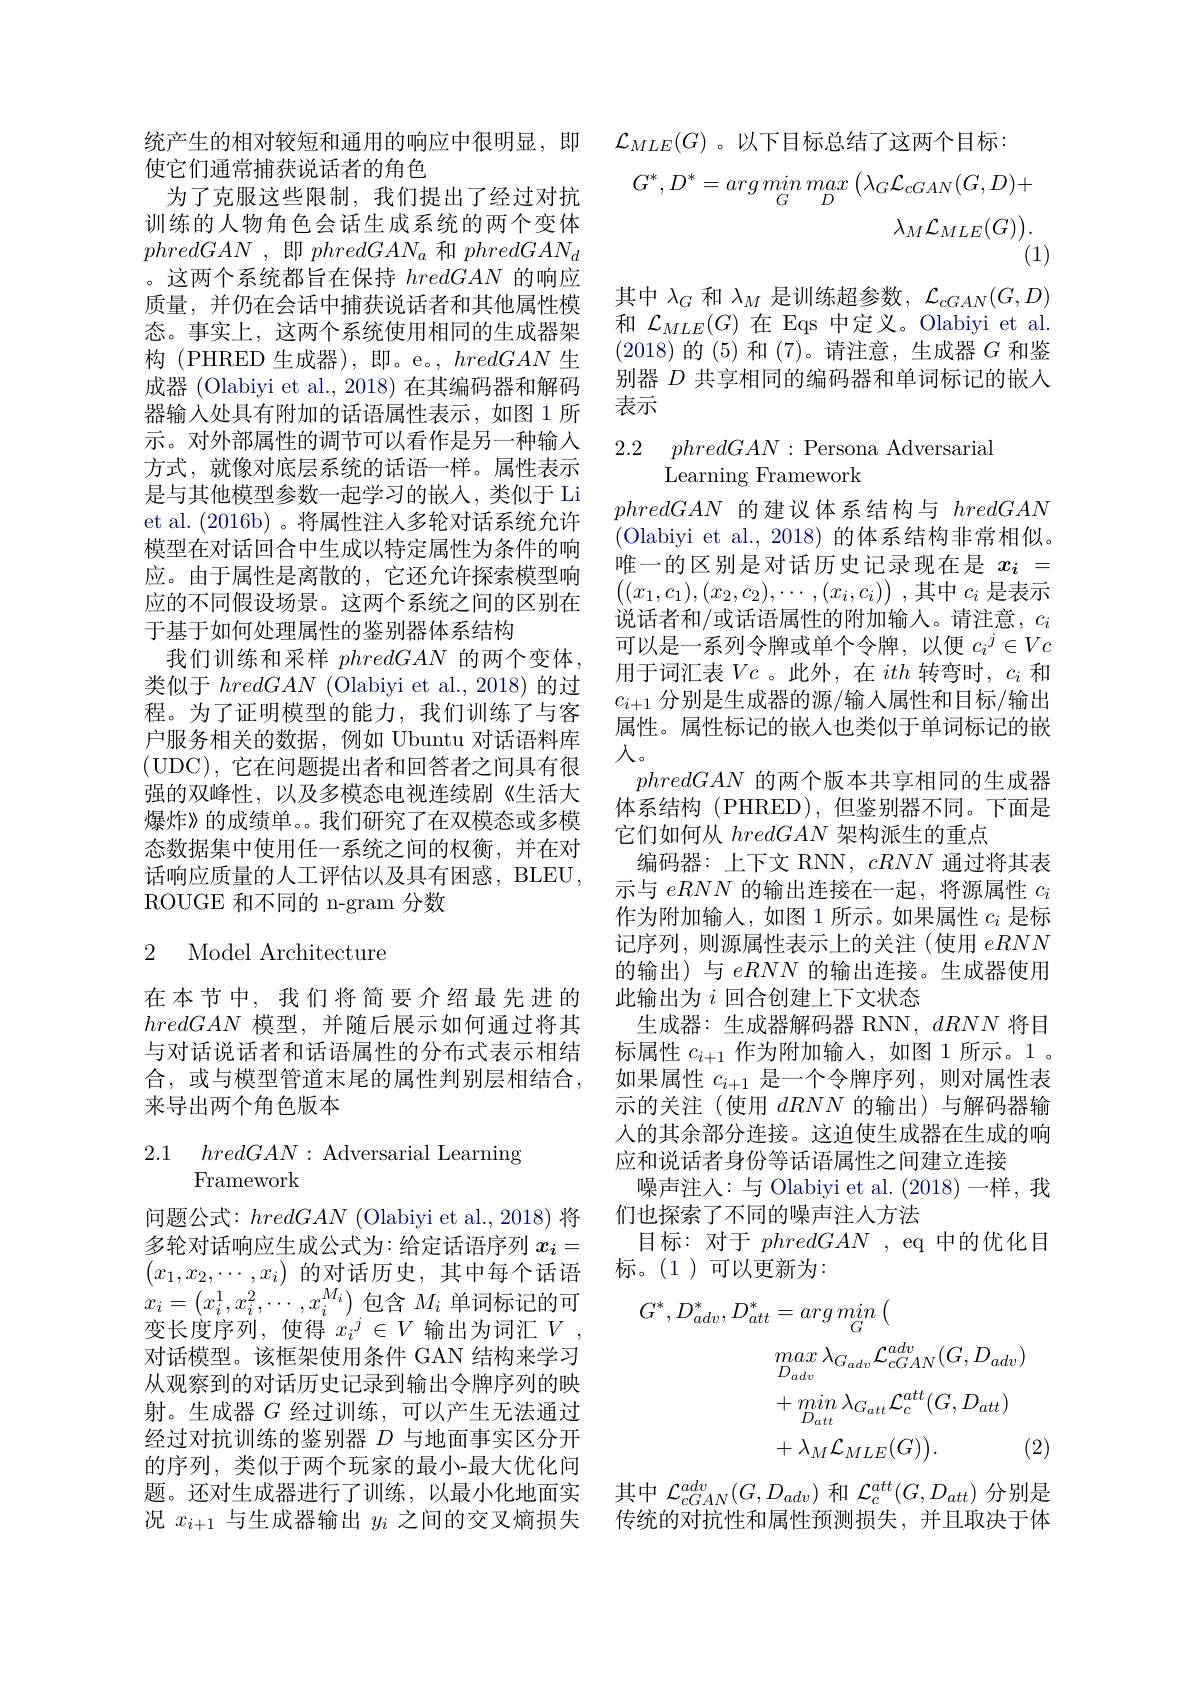
使它们通常捕获说话者的角色
为了克服这些限制，我们提出了经过对抗训练的人物角色会话生成系统的两个变体phredGAN , 即$phredGAN_a$和$phredGAN_d$ 。这两个系统都旨在保持hredGAN的响应质量，并仍在会话中捕获说话者和其他属性模态。事实上，这两个系统使用相同的生成器架构 (PHRED 生成器),即。e。, hredGAN生成器 (Olabiyi et al., 2018) 在其编码器和解码器输入处具有附加的话语属性表示，如图 1 所示。对外部属性的调节可以看作是另一种输入方式，就像对底层系统的话语一样。属性表示是与其他模型参数一起学习的嵌人，类似于 Li et al. (2016b) 。将属性注人多轮对话系统允许模型在对话回合中生成以特定属性为条件的响应。由于属性是离散的，它还允许探索模型响应的不同假设场景。这两个系统之间的区别在于基于如何处理属性的鉴别器体系结构
我们训练和采样phredGAN的两个变体， 类似于hredGAN (Olabiyi et al., 2018)的过程。为了证明模型的能力，我们训练了与客户服务相关的数据，例如 Ubuntu 对话语料库(UDC),它在问题提出者和回答者之间具有很强的双峰性，以及多模态电视连续剧《生活大爆炸》的成绩单。。我们研究了在双模态或多模态数据集中使用任一系统之间的权衡，并在对话响应质量的人工评估以及具有困惑，BLEU , ROUGE 和不同的 n-gram 分数

## 2 Model Architecture

合，或与模型管道末尾的属性判别层相结合，
来导出两个角色版本

2.1 $hredGAN:$Adversarial Learning
# Framework

问题公式：hredGAN (Olabiyi et al., 2018) 将多轮对话响应生成公式为：给定话语序列$x_i=$ $\begin{pmatrix}x_1,x_2,\cdots,x_i\end{pmatrix}$的对话历史，其中每个话语$x_i=\left(x_i^1,x_i^2,\cdots,x_i^{M_i}\right)$包含 $M_i$ 单词标记的可变长度序列，使得$x_i^j\in V$输出为词汇$V$ 对话模型。该框架使用条件 GAN 结构来学习从观察到的对话历史记录到输出令牌序列的映射。生成器$G$经过训练，可以产生无法通过经过对抗训练的鉴别器$D$与地面事实区分开的序列，类似于两个玩家的最小-最大优化问题。还对生成器进行了训练，以最小化地面实况$x_{i+1}$与生成器输出$y_i$之间的交叉熵损失

统产生的相对较短和通用的响应中很明显，即$\mathcal{L}_{MLE}(G)$ 。以下目标总结了这两个目标
$$G^{*},D^{*}=arg\:min\:max\left(\lambda_{G}\mathcal{L}_{cGAN}(G,D)+\right)\\\lambda_{M}\mathcal{L}_{MLE}(G)\big).\\(1)$$
其中$\lambda_G$和$\lambda_M$是训练超参数，$\mathcal{L}_cGAN(G,D)$ 和$\mathcal{L}_{MLE}(G)$在 Eqs 中定义。Olabiyi et al. (2018)的(5)和(7)。请注意，生成器$G$和鉴别器$D$共享相同的编码器和单词标记的嵌入表示

2.2 $phredGAN:$Persona Adversarial
Learning Framework

phredGAN的建议体系结构与hredGAN (Olabiyi et al., 2018) 的体系结构非常相似。唯一的区别是对话历史记录现在是$x_i=$ $\left((x_1,c_1),(x_2,c_2),\cdots,(x_i,c_i)\right)$,其中 $c_i$ 是表示说话者和/或话语属性的附加输入。请注意，$c_i$ 可以是一系列令牌或单个令牌，以便$c_i^j\in Vc$ 用于词汇表$Vc$ 。此外，在ith转弯时，$c_i$和$c_{i+1}$分别是生成器的源/输入属性和目标/输出属性。属性标记的嵌入也类似于单词标记的嵌入。
phredGAN的两个版本共享相同的生成器体系结构 (PHRED),但鉴别器不同。下面是它们如何从hredGAN架构派生的重点
编码器：上下文 RNN, cRNN通过将其表示与eRNN的输出连接在一起，将源属性$c_i$ 作为附加输入，如图 1 所示。如果属性$c_i$是标记序列，则源属性表示上的关注(使用eRNN 的输出)与eRNN的输出连接。生成器使用
在本节中，我们将简要介绍最先进的 此输出为$i$回合创建上下文状态
hredGAN模型，并随后展示如何通过将其 生成器：生成器解码器 RNN, dRNN将目与对话说话者和话语属性的分布式表示相结 标属性$c_{i+1}$作为附加输入，如图 1 所示。1。
如果属性$c_i+1$是一个令牌序列，则对属性表示的关注(使用dRNN的输出)与解码器输入的其余部分连接。这迫使生成器在生成的响应和说话者身份等话语属性之间建立连接
噪声注人：与 Olabiyi et al. (2018)一样，我
们也探索了不同的噪声注入方法
目标：对于phredGAN , eq 中的优化目
标。(1)可以更新为：
$$\begin{aligned}G^{*},D_{adv}^{*},D_{att}^{*}&=arg\:min\:\big(\\&max\:\lambda_{Gadv}\mathcal{L}_{cGAN}^{adv}(G,D_{adv})\\&+min\:\lambda_{G_{att}}\mathcal{L}_{c}^{att}(G,D_{att})\\&+\lambda_{M}\mathcal{L}_{MLE}(G)\big).&\text{(2}\end{aligned}$$
其中$\mathcal{L}_{cGAN}^{adv}(G,D_{adv})$和$\mathcal{L}_c^{att}(G,D_{att})$分别是传统的对抗性和属性预测损失，并且取决于体